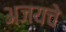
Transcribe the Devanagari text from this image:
अजयचे